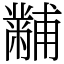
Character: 黼